Annual administration report of the Civil Veterinary Department of India - 1894-1895
Year: 1894
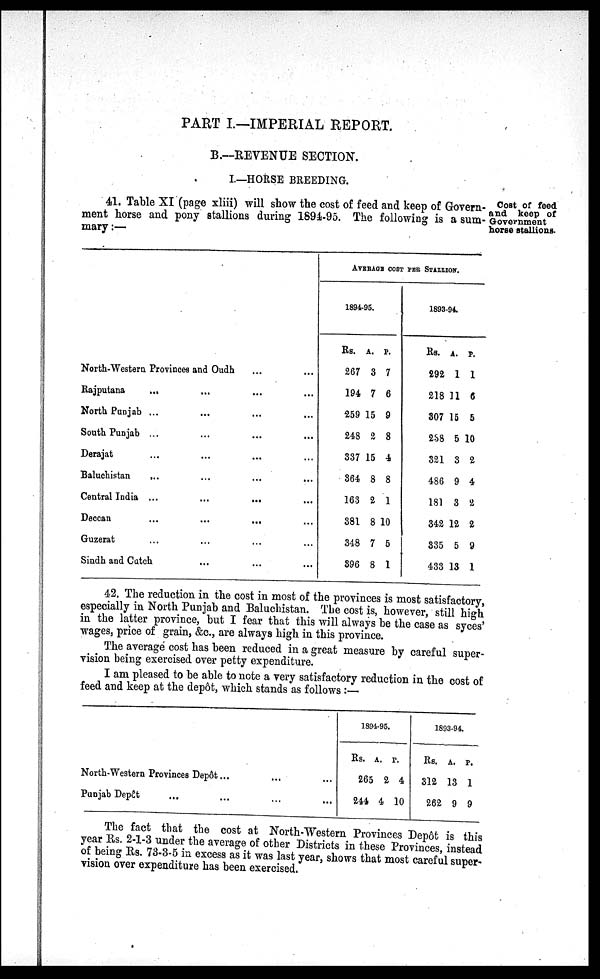
PART I.—IMPERIAL REPORT.
33.—REVENUE SECTION.
I.—HORSE BREEDING.
Cost of feed
and keep of
Government
horse stallions.
41. Table XI (page xliii) will show the cost of feed and keep of Govern-
ment horse and pony stallions during 1894-95. The following is a sum-
mary :—
North-Western Provinces and Oudh
...
...
Rajputana
...
...
...
...
North Punjab ...
...
...
...
South Punjab ...
...
...
...
Derajat
...
...
...
...
Baluchistan
...
...
...
...
Central India ...
...
...
...
Deccan
...
...
...
...
Guzerat
...
...
...
...
Sindh and Catch
...
...
...
AVERAGE COST PER STALLION .
1894-95.
Rs.
267
194
259
248
337
364
163
381
348
396
A.
3
7
15
2
15
8
2
8
7
8
P.
7
6
9
8
4
8
1
10
5
1
1893-94.
Rs.
292
218
307
2S8
321
486
181
342
335
433
A.
1
11
15
5
3
9
3
12
5
13
P.
1
6
5
10
2
4
2
2
9
1
42. The reduction in the cost in most of the provinces is most satisfactory,
especially in North Punjah and Baluchistan. The cost is, however, still high
in the latter province, but I fear that this will always he the case as syces'
wages, price of grain, &c., are always high in this province.
The average cost has been reduced in a great measure by careful super-
vision being exercised over petty expenditure.
I am pleased to be able to note a very satisfactory reduction in the cost of
feed and keep at the depôt, which stands as follows :—
North-Western Provinces Depôt...
...
...
Punjab Depôt
...
...
...
...
1894-95.
Rs.
265
244
A.
2
4
P.
4
10
1893-94.
Rs.
312
262
A.
13
9
P.
1
9
The fact that the cost at North-Western Provinces Depot is this
year Rs. 2-1-3 under the average of other Districts in these Provinces, instead
of being Rs. 73-3-5 in excess as it was last year, shows that most careful super-
vision over expenditure has been exercised.